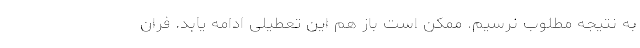
به نتیجه مطلوب نرسیم. ممکن است باز هم این تعطیلی ادامه یابد. فران